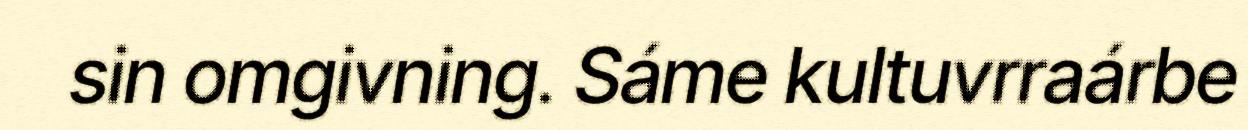
sin omgivning. Sáme kultuvrraárbe